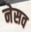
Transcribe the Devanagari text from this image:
नेसव